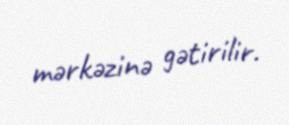
mərkəzinə gətirilir.